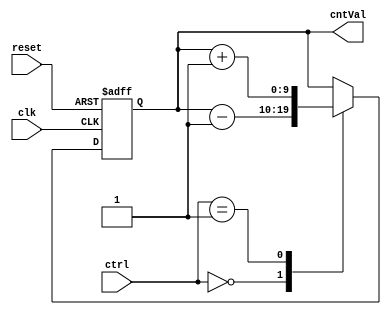
`timescale 1ns / 1ps
//////////////////////////////////////////////////////////////////////////////////
// Company: 
// Engineer: 
// 
// Design Name: 
// Module Name:    moveCounter 
// Project Name: 
// Target Devices: 
// Tool versions: 
// Description: 
//
// Dependencies: 
//
// Revision: 
// Revision 0.01 - File Created
// Additional Comments: 
//
//////////////////////////////////////////////////////////////////////////////////
module moveCounter(ctrl,
						 clk, 
						 reset,
						 cntVal
    );
	 
	input [1:0] ctrl;
	input clk;
	input reset;
	output reg [9:0] cntVal = 319;
	
	localparam movL = 2'b00;
	localparam movR = 2'b01;
	
	always @(posedge clk or negedge reset) begin
		if(~reset)begin 
			cntVal <= 319;
		end
		else begin
			case (ctrl) 
				movL : cntVal <= cntVal - 1'b1;
				movR : cntVal <= cntVal + 1'b1;
				default : cntVal <= cntVal;
			endcase
		end
	end
endmodule